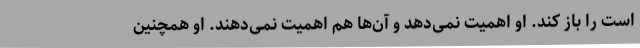
است را باز کند. او اهمیت نمی‌دهد و آن‌ها هم اهمیت نمی‌دهند. او همچنین